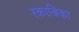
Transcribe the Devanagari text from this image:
रकाबिका